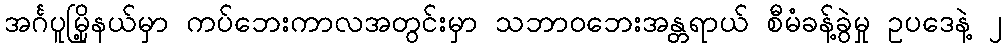
အင်္ဂပူမြို့နယ်မှာ ကပ်ဘေးကာလအတွင်းမှာ သဘာဝဘေးအန္တရာယ် စီမံခန့်ခွဲမှု ဥပဒေနဲ့ ၂